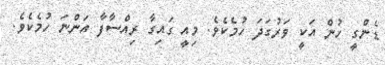
ޑެންގީ ހުން އަކީ ވަރުގަދަ ހުމެކެވެ. މިއީ ގައިގާ ރިއްސާފާ އަންނަ ހުމެކެވެ.